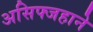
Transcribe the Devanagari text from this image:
असिफ्जहाने